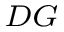
_ { D G }